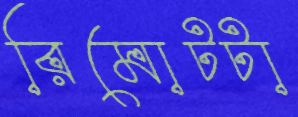
রিমোটটা